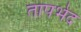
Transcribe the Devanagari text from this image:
तापभेद